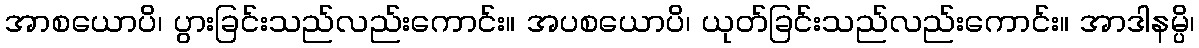
အာစယောပိ၊ ပွားခြင်းသည်လည်းကောင်း။ အပစယောပိ၊ ယုတ်ခြင်းသည်လည်းကောင်း။ အာဒါနမ္ပိ၊